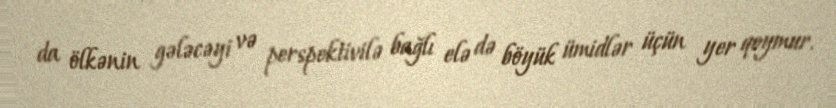
da ölkənin gələcəyi və perspektivilə bağlı elə də böyük ümidlər üçün yer qoymur.